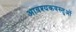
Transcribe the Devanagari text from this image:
आवश्यकवस्तुओं